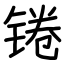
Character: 锩